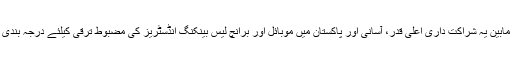
اپنی ڈیجیٹل جدتوں کو تسلیم کروانے والی ان دو کمپنیوں کے مابین یہ شراکت داری اعلیٰ قدر، آسانی اور پاکستان میں موبائل اور برانچ لیس بینکنگ انڈسٹریز کی مضبوط ترقی کیلئے درجہ بندی کے وعدوں کے ساتھ صارف کے تجربہ کو بہتر بنائے گی۔